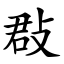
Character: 㪊